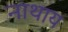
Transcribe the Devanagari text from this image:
नाथाय